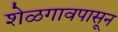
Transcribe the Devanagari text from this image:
शेळगावपासून